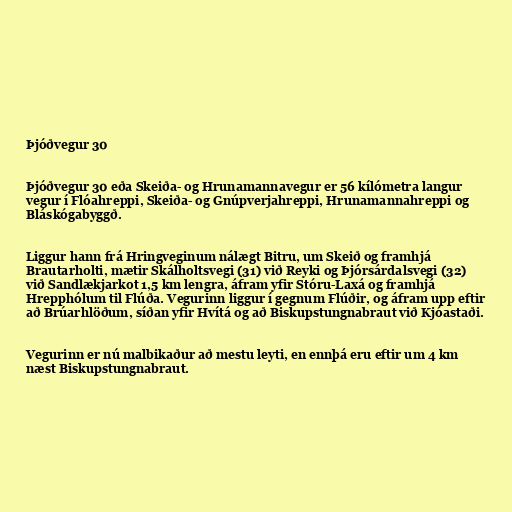
Þjóðvegur 30

Þjóðvegur 30 eða Skeiða- og Hrunamannavegur er 56 kílómetra langur
vegur í Flóahreppi, Skeiða- og Gnúpverjahreppi, Hrunamannahreppi og
Bláskógabyggð.

Liggur hann frá Hringveginum nálægt Bitru, um Skeið og framhjá
Brautarholti, mætir Skálholtsvegi (31) við Reyki og Þjórsárdalsvegi (32)
við Sandlækjarkot 1,5 km lengra, áfram yfir Stóru-Laxá og framhjá
Hrepphólum til Flúða. Vegurinn liggur í gegnum Flúðir, og áfram upp eftir
að Brúarhlöðum, síðan yfir Hvítá og að Biskupstungnabraut við Kjóastaði.

Vegurinn er nú malbikaður að mestu leyti, en ennþá eru eftir um 4 km
næst Biskupstungnabraut.